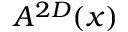
A ^ { 2 D } ( x )